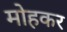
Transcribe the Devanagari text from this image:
मोहकर